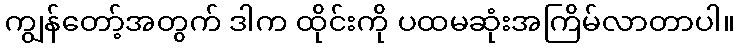
ကျွန်တော့်အတွက် ဒါက ထိုင်းကို ပထမဆုံးအကြိမ်လာတာပါ။